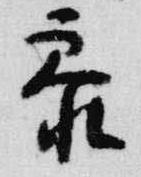
参